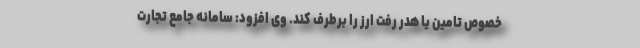
خصوص تامین یا هدر رفت ارز را برطرف کند. وی افزود: سامانه جامع تجارت